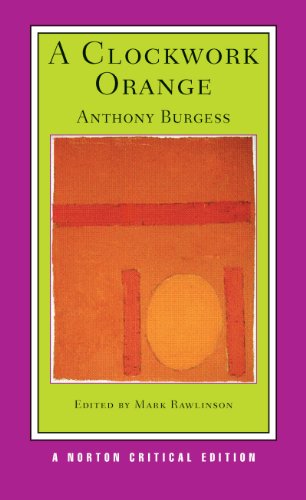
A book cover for A Clockwork Orange (Norton Critical Editions); Anthony Burgess; Teen & Young Adult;